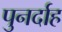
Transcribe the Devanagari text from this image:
पुनर्दाह